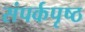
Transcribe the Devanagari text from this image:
संपर्कपृष्ठ